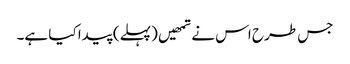
جس طرح اس نے تمھیں (پہلے) پیدا کیا ہے۔